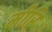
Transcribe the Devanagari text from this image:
मीरि